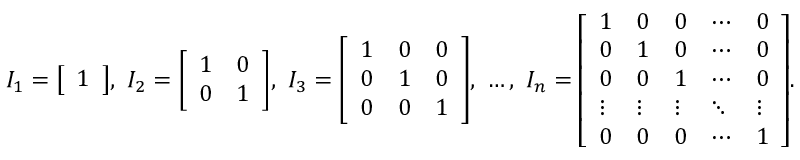
I _ { 1 } = { \left[ \begin{array} { l } { 1 } \end{array} \right] } , \ I _ { 2 } = { \left[ \begin{array} { l l } { 1 } & { 0 } \\ { 0 } & { 1 } \end{array} \right] } , \ I _ { 3 } = { \left[ \begin{array} { l l l } { 1 } & { 0 } & { 0 } \\ { 0 } & { 1 } & { 0 } \\ { 0 } & { 0 } & { 1 } \end{array} \right] } , \ \dots , \ I _ { n } = { \left[ \begin{array} { l l l l l } { 1 } & { 0 } & { 0 } & { \cdots } & { 0 } \\ { 0 } & { 1 } & { 0 } & { \cdots } & { 0 } \\ { 0 } & { 0 } & { 1 } & { \cdots } & { 0 } \\ { \vdots } & { \vdots } & { \vdots } & { \ddots } & { \vdots } \\ { 0 } & { 0 } & { 0 } & { \cdots } & { 1 } \end{array} \right] } .